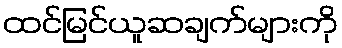
ထင်မြင်ယူဆချက်များကို